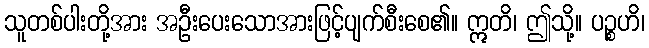
သူတစ်ပါးတို့အား အဦးပေးသောအားဖြင့်ပျက်စီးစေ၏။ ဣတိ၊ ဤသို့။ ပဉ္စဟိ၊